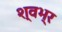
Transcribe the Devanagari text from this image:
श्वभ्र